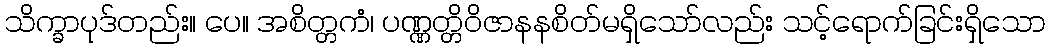
သိက္ခာပုဒ်တည်း။ ပေ။ အစိတ္တကံ၊ ပဏ္ဏတ္တိဝိဇာနနစိတ်မရှိသော်လည်း သင့်ရောက်ခြင်းရှိသော